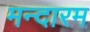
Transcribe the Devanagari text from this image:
मन्दारम